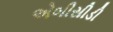
એબીસીડી